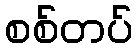
စစ်တပ်